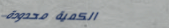
الكمية محدودة